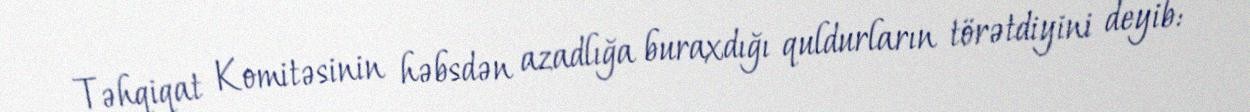
Təhqiqat Komitəsinin həbsdən azadlığa buraxdığı quldurların törətdiyini deyib: